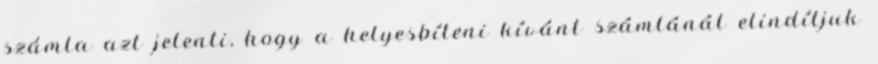
számla azt jelenti, hogy a helyesbíteni kívánt számlánál elindítjuk